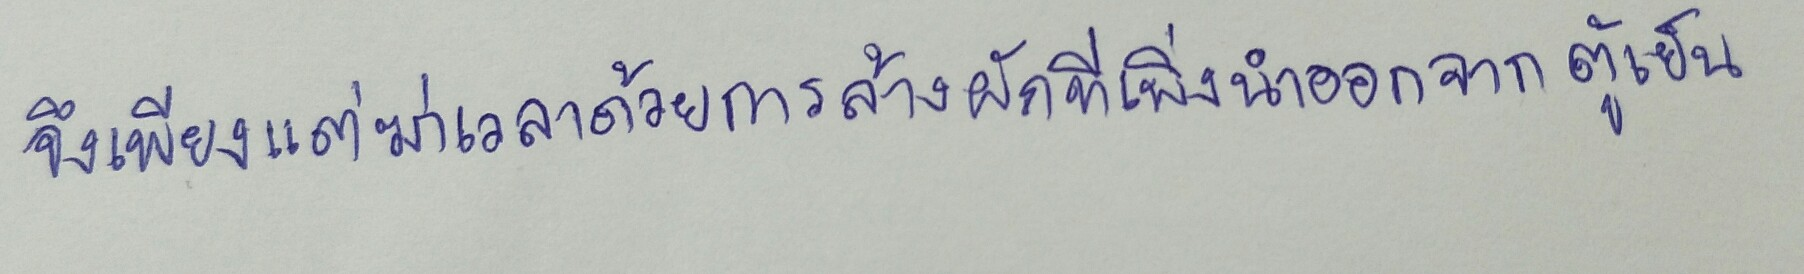
จึงเพียงแต่ฆ่าเวลาด้วยการล้างผักที่เพิ่งนำออกจากตู้เย็น